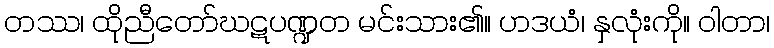
တဿ၊ ထိုညီတော်ဃဋပဏ္ဍတ မင်းသား၏။ ဟဒယံ၊ နှလုံးကို။ ဝါတာ၊